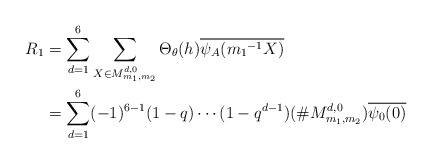
\begin{align*} R_1&=\sum_{d=1}^{6}\sum_{ X \in M_{m_{1},m_{2}}^{ d,0}}\Theta_{\theta}(h)\overline{\psi_A({m_1}^{-1}X)}\\&= \sum_{d=1}^{6}(-1)^{6-1}(1-q) \cdots (1-q^{d-1})(\# M_{m_{1},m_{2}}^{ d,0})\overline{\psi_0(0)} \end{align*}